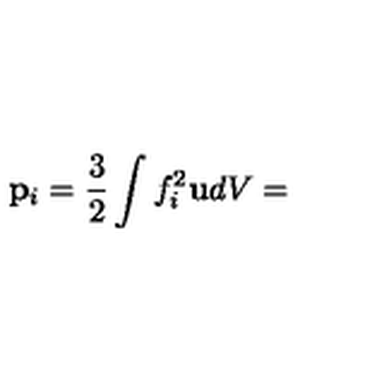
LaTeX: \mathbf { p } _ { i } = \frac { 3 } { 2 } \int f _ { i } ^ { 2 } \mathbf { u } d V =